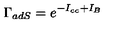
\Gamma _ { a d S } = e ^ { - I _ { c c } + I _ { B } }